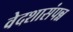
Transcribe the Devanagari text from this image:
वेदशासंपन्न